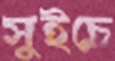
সুইচে